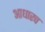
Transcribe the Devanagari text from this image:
आधारच